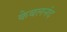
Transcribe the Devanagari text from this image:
केबलनंद